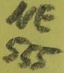
Text: NE555